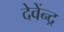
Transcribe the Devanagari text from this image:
देवेंन्द्र